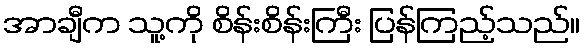
အာချီက သူ့ကို စိန်းစိန်းကြီး ပြန်ကြည့်သည်။